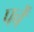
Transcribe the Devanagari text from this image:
पर्चें